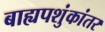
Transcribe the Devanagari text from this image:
बाह्यपशुंकांतर